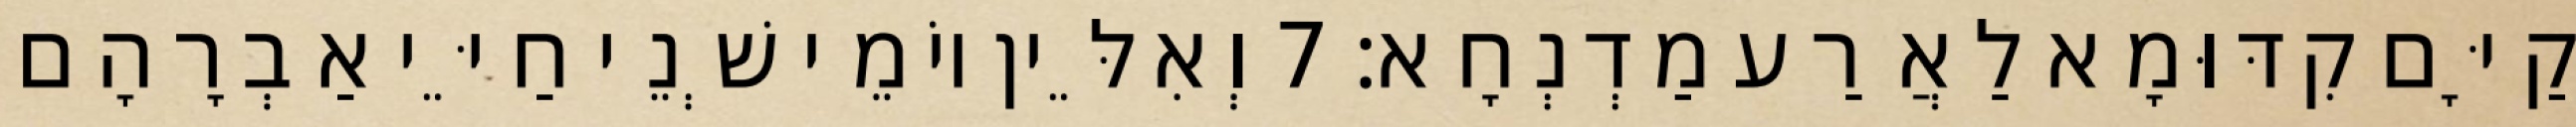
קַיָּם קִדּוּמָא לַאֲרַע מַדְנְחָא׃ 7 וְאִלֵּין יוֹמֵי שְׁנֵי חַיֵּי אַבְרָהָם